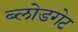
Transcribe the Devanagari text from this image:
ब्लोडगेट